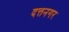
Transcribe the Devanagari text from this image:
दत्तनगर